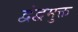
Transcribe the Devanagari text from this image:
द्वंद्वमुक्त